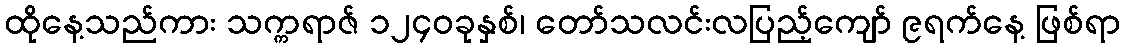
ထိုနေ့သည်ကား သက္ကရာဇ် ၁၂၄၀ခုနှစ်၊ တော်သလင်းလပြည့်ကျော် ၉ရက်နေ့ ဖြစ်ရာ